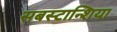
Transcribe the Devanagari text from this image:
सबस्टान्शिया